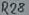
Text: R28